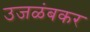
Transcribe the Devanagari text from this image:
उजळंबकर